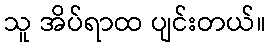
သူ အိပ်ရာထ ပျင်းတယ်။